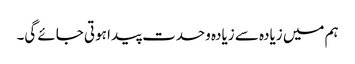
ہم میں زیادہ سے زیادہ وحدت پیدا ہوتی جائے گی۔